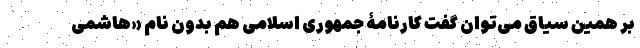
بر همین سیاق می‌توان گفت کارنامۀ جمهوری اسلامی هم بدون نام «هاشمی